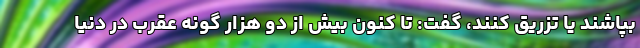
بپاشند یا تزریق کنند، گفت: تا کنون بیش از دو هزار گونه عقرب در دنیا